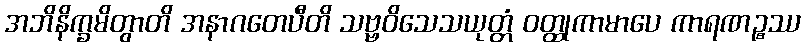
အဘိနိက္ခမိတွာတိ အနာဂတေပီတိ သဗ္ဗဝိသေသယုတ္တံ ဝတ္ထုကာမာပေ ကာရဏဉ္စဿ